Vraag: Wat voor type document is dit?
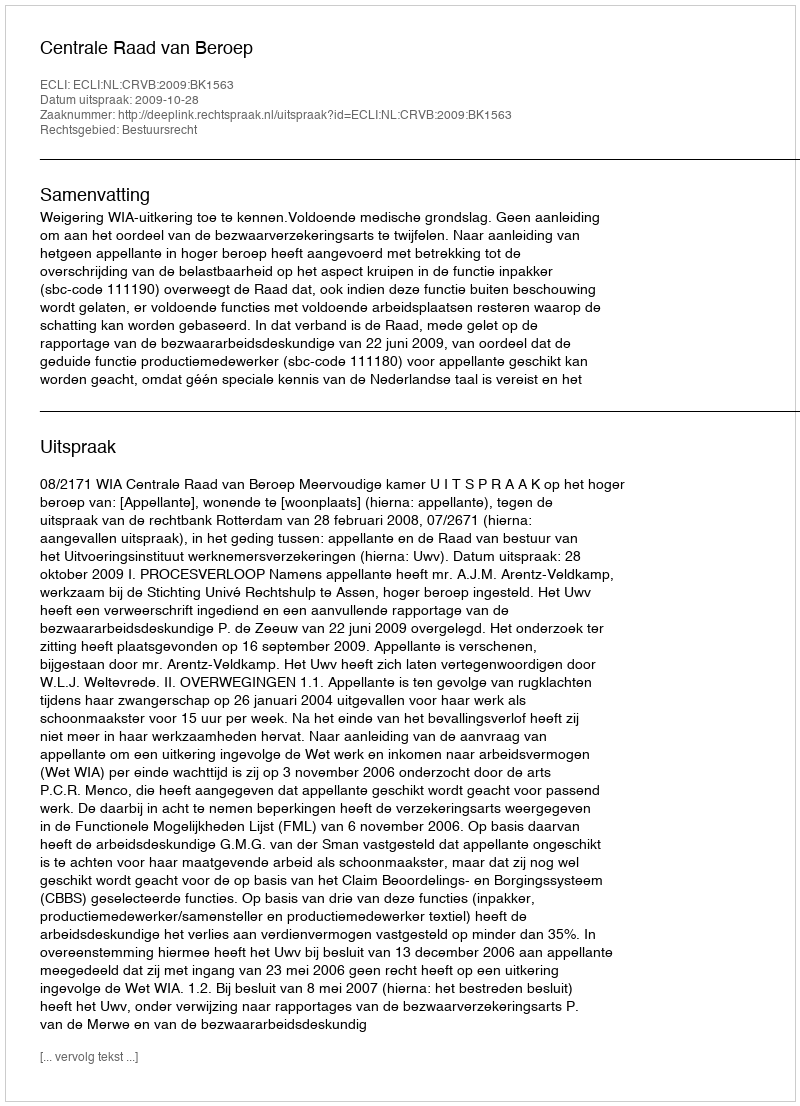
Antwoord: Uitspraak